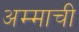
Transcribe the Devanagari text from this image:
अम्माची